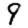
Digit: 9